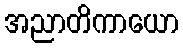
အညာတိကာယော